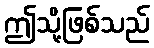
ဤသို့ဖြစ်သည်